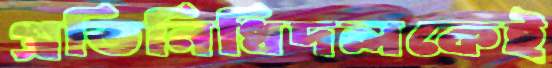
প্রতিনিধিদলকেই